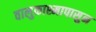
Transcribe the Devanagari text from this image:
वालुकाश्मापासुन